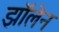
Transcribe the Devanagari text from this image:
झॉलेन